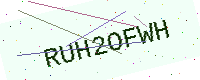
Text: RUH2OFWH